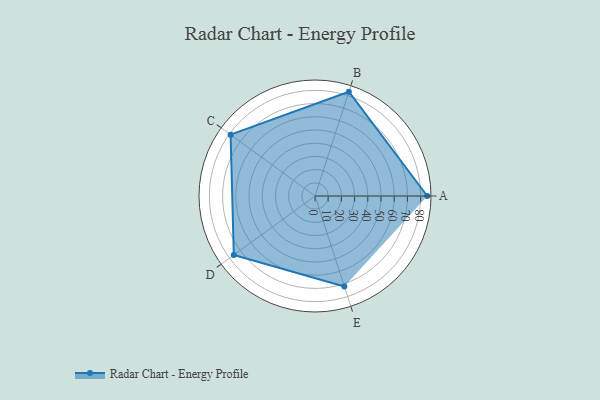
{"axis": {"x": "Skill", "y": "Score"}, "legend": ["Profile"], "data": [{"x": "A", "y": 85.0, "type": "Profile"}, {"x": "B", "y": 83.0, "type": "Profile"}, {"x": "C", "y": 79.0, "type": "Profile"}, {"x": "D", "y": 76.0, "type": "Profile"}, {"x": "E", "y": 72.0, "type": "Profile"}]}